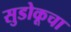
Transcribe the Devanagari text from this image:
सुडोकूचा